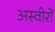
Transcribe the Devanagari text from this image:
अस्वीरों